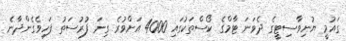
ގައުމީ ޔުނިވާސިޓީގެ ދެވަނަ ޓާމްގެ ކޯސްތަކުގައި 4000 އަށްވުރެ ގިނަ ފުރުސަތު ފަހިވެގެންދާނެ